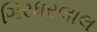
ગિરધરલાલ